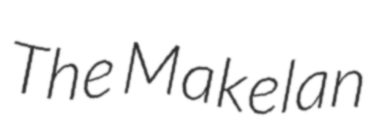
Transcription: The Makelan